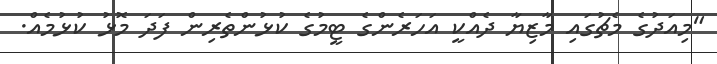
"މިއަދުގެ މެޗުގައި މާޒިޔާ ދެއްކީ އަހަރެންގެ ޓީމުގެ ކުޅުންތެރިން ފަދަ މޮޅު ކުޅުމެއް.